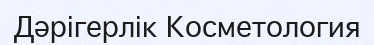
Дәрігерлік Косметология